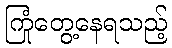
ကြုံတွေ့နေရသည့်